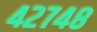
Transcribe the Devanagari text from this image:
४२७४८